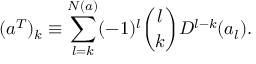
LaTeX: ( a ^ { T } ) _ { k } \equiv \sum _ { l = k } ^ { N ( a ) } ( - 1 ) ^ { l } { \binom { l } { k } } D ^ { l - k } ( a _ { l } ) .